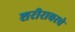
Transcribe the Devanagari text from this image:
शरीरावरचे